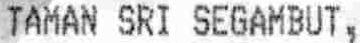
TAMAN SRI SEGAMBUT,